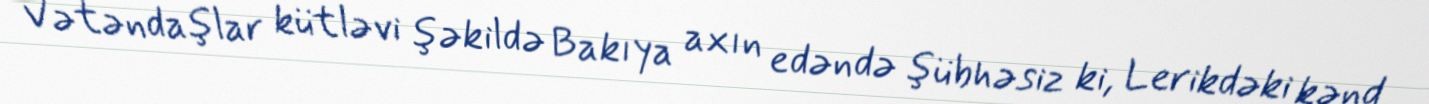
Vətəndaşlar kütləvi şəkildə Bakıya axın edəndə şübhəsiz ki, Lerikdəki kənd